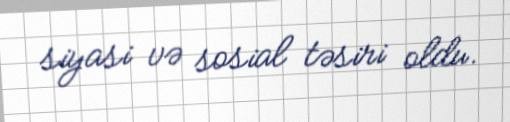
siyasi və sosial təsiri oldu.